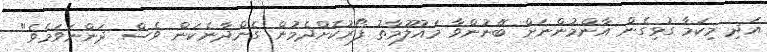
އަދި މިކަމާ ގުޅިގެން އާންމުންނަށް ބޭނުންވާ މައުލޫމާތު ފޯރުކޮށްދެމުން ގެންދާނެކަން ވެސް ދަންނަވަމެވެ"